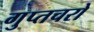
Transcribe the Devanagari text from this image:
गुप्‍तचरो